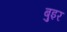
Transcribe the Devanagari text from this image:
बुइर